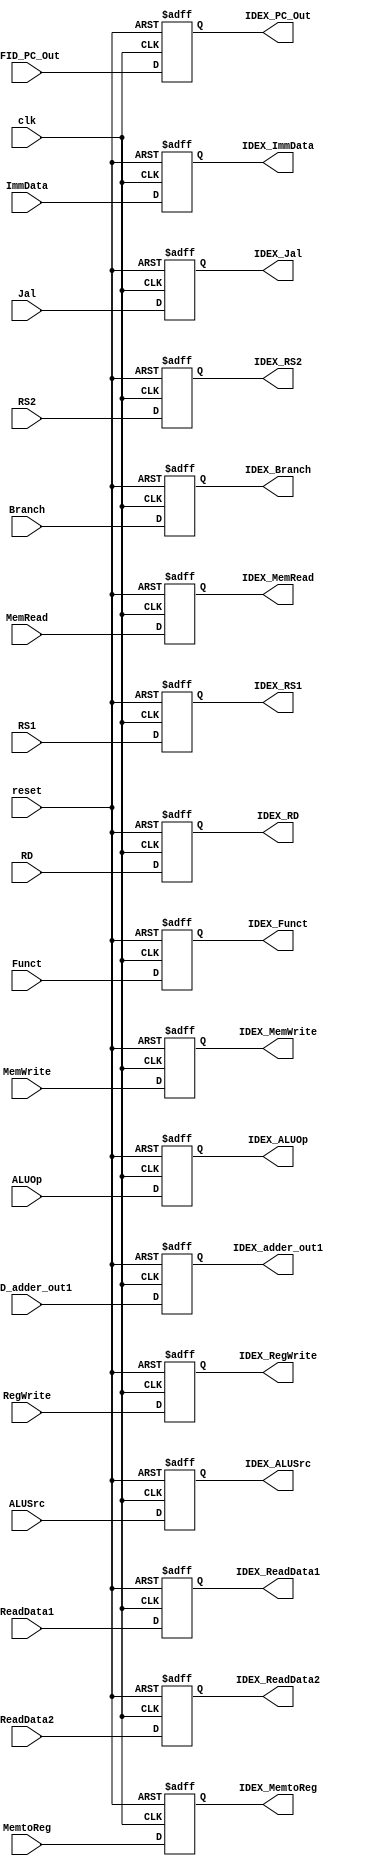
`timescale 1ns / 1ps
//////////////////////////////////////////////////////////////////////////////////
// Company: 
// Engineer: 
// 
// Design Name: 
// Module Name: ID_EX
// Project Name: 
// Target Devices: 
// Tool Versions: 
// Description: 
// 
// Dependencies: 
// 
// Revision:
// Revision 0.01 - File Created
// Additional Comments:
// 
//////////////////////////////////////////////////////////////////////////////////


module ID_EX(
    input clk, reset,
    input Branch, MemRead, MemWrite, MemtoReg, RegWrite, ALUSrc, Jal,
    input [1:0] ALUOp,
    input [3:0] Funct,
    input [4:0] RS1, RS2, RD,
    input [63:0] IFID_PC_Out, ReadData1, ReadData2, ImmData, IFID_adder_out1,
    output reg IDEX_Branch, IDEX_MemRead, IDEX_MemWrite, IDEX_MemtoReg, IDEX_RegWrite, IDEX_ALUSrc, IDEX_Jal,
    output reg [1:0] IDEX_ALUOp,
    output reg [3:0] IDEX_Funct,
    output reg [4:0] IDEX_RS1, IDEX_RS2, IDEX_RD,
    output reg [63:0] IDEX_PC_Out, IDEX_ReadData1, IDEX_ReadData2, IDEX_ImmData, IDEX_adder_out1
);
always @(posedge clk or posedge reset) begin
    if (reset == 1'b1) begin
        IDEX_Branch = 0; 
        IDEX_MemRead = 0; 
        IDEX_MemWrite = 0;
        IDEX_MemtoReg = 0; 
        IDEX_RegWrite = 0; 
        IDEX_ALUSrc = 0;
        IDEX_Jal = 0;
        IDEX_ALUOp = 0; 
        IDEX_Funct = 0; 
        IDEX_RS1 = 0; 
        IDEX_RS2 = 0; 
        IDEX_RD = 0;
        IDEX_PC_Out = 0; 
        IDEX_ReadData1 = 0; 
        IDEX_ReadData2 = 0; 
        IDEX_ImmData = 0;
        IDEX_adder_out1 = 0;
    end
    else begin
        IDEX_Branch = Branch; 
        IDEX_MemRead = MemRead; 
        IDEX_MemWrite = MemWrite;
        IDEX_MemtoReg = MemtoReg; 
        IDEX_RegWrite = RegWrite; 
        IDEX_ALUSrc = ALUSrc;
        IDEX_Jal = Jal;
        IDEX_ALUOp = ALUOp; 
        IDEX_Funct = Funct; 
        IDEX_RS1 = RS1; 
        IDEX_RS2 = RS2; 
        IDEX_RD = RD;
        IDEX_PC_Out = IFID_PC_Out; 
        IDEX_ReadData1 = ReadData1; 
        IDEX_ReadData2 = ReadData2; 
        IDEX_ImmData = ImmData;   
        IDEX_adder_out1 = IFID_adder_out1;
    end 
end
endmodule